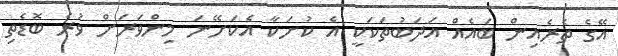
އޭގެ ތެރެއިން ބައެއް އަދަބުތަކަކީ އެ ކުށަކާ އެކަށޭނަ މިންވަރަށް ވުރެ ބޮޑެތި